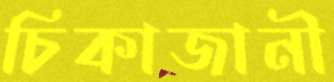
চিকাজানী